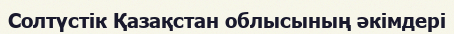
Солтүстік Қазақстан облысының әкімдері